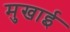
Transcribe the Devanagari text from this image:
मुखाई